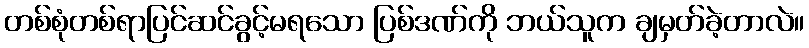
တစ်စုံတစ်ရာပြင်ဆင်ခွင့်မရသော ပြစ်ဒဏ်ကို ဘယ်သူက ချမှတ်ခဲ့တာလဲ။